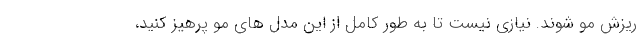
ریزش مو شوند. نیازی نیست تا به طور کامل از این مدل های مو پرهیز کنید،